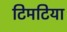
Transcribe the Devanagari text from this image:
टिमटिया